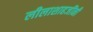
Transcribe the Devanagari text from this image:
लीलाशाहजींनी